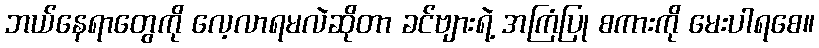
ဘယ်နေရာတွေကို လေ့လာရမလဲဆိုတာ ခင်ဗျားရဲ့ အကြံပြု စကားကို မေးပါရစေ။